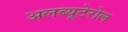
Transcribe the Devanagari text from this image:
अलब्यूटेरोल